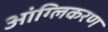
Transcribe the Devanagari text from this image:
आंग्लिकरण